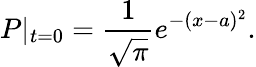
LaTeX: P|_{t=0}=\frac{1}{\sqrt{\pi}}e^{-(x-a)^{2}}.